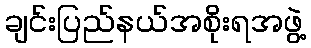
ချင်းပြည်နယ်အစိုးရအဖွဲ့